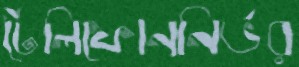
টেলিফোননির্ভর